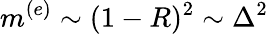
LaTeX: m^{(e)}\sim(1-R)^{2}\sim\Delta^{2}